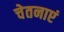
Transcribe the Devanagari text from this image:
चेतनाएं